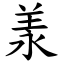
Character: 羕